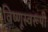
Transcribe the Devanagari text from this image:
विष्णूस्वरूपी